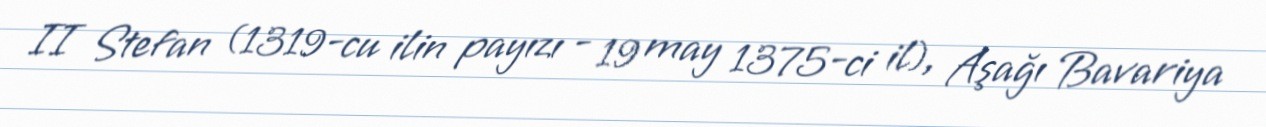
II Stefan (1319-cu ilin payızı - 19 may 1375-ci il), Aşağı Bavariya